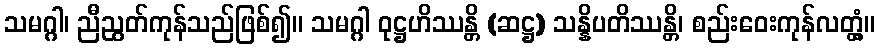
သမဂ္ဂါ၊ ညီညွတ်ကုန်သည်ဖြစ်၍။ သမဂ္ဂါ ဝုဋ္ဌဟိဿန္တိ (ဆဋ္ဌ) သန္နိပတိဿန္တိ၊ စည်းဝေးကုန်လတ္တံ့။